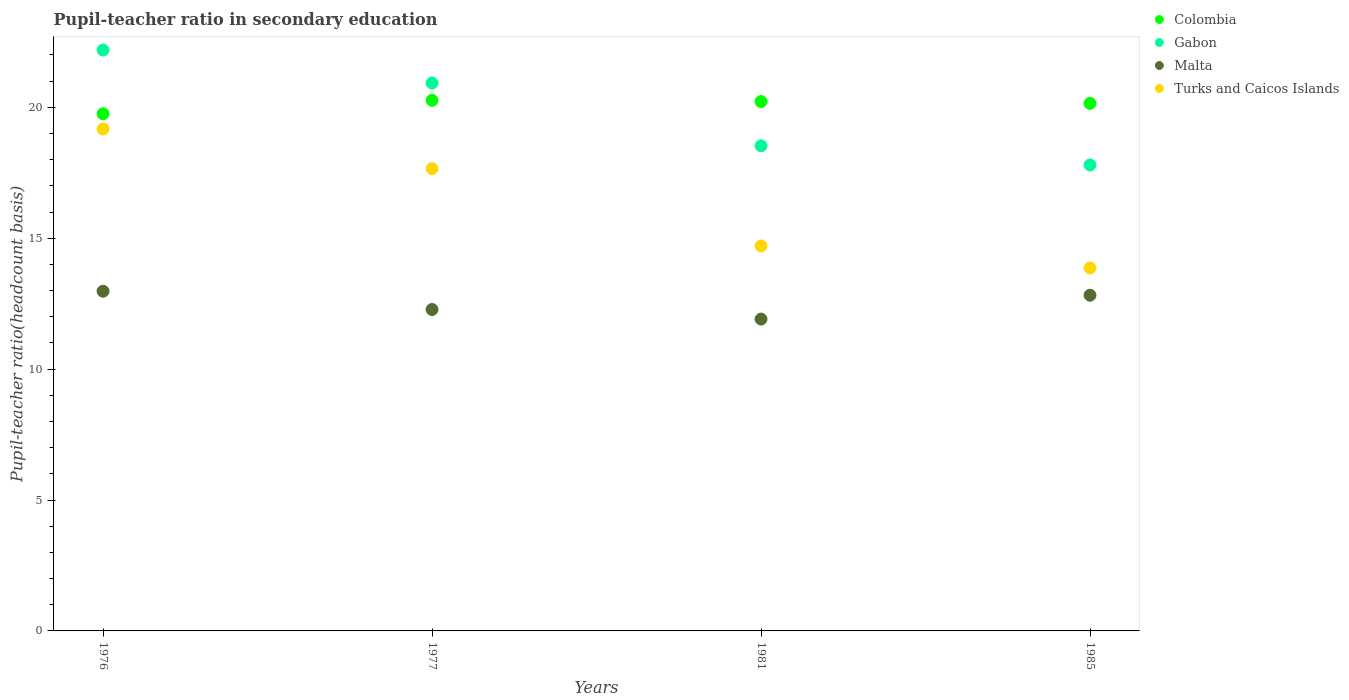
| Years | Colombia | Gabon | Malta | Turks and Caicos Islands |
 | --- | --- | --- | --- | --- |
 | 1976 | 19.8 | 22.2 | 13 | 19.2 |
 | 1977 | 20.3 | 20.9 | 12.3 | 17.7 |
 | 1981 | 20.2 | 18.5 | 11.9 | 14.7 |
 | 1985 | 20.2 | 17.8 | 12.8 | 13.9 |